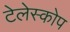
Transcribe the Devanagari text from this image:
टेलेस्कोप